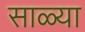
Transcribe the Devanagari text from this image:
साळ्या